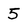
Character: 5